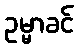
ဥမ္မာခင်